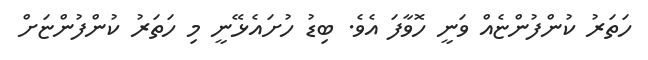
ހަތަރު ކުންފުންޏެއް ވަނީ ހޮވާފަ އެވެ. ބިޑު ހުށައެޅޭނީ މި ހަތަރު ކުންފުންޏަށް